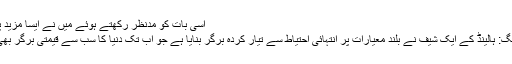
اِسی بات کو مدِنظر رکھتے ہوئے میں نے ایسا مزید پڑھیں
دی ہیگ: ہالینڈ کے ایک شیف نے بلند معیارات پر انتہائی احتیاط سے تیار کردہ برگر بنایا ہے جو اب تک دنیا کا سب سے قیمتی برگر بھی ہے۔